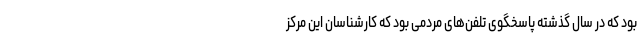
بود که در سال گذشته پاسخگوی تلفن‌های مردمی بود که کارشناسان این مرکز